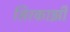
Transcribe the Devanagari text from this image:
सिरकाझी